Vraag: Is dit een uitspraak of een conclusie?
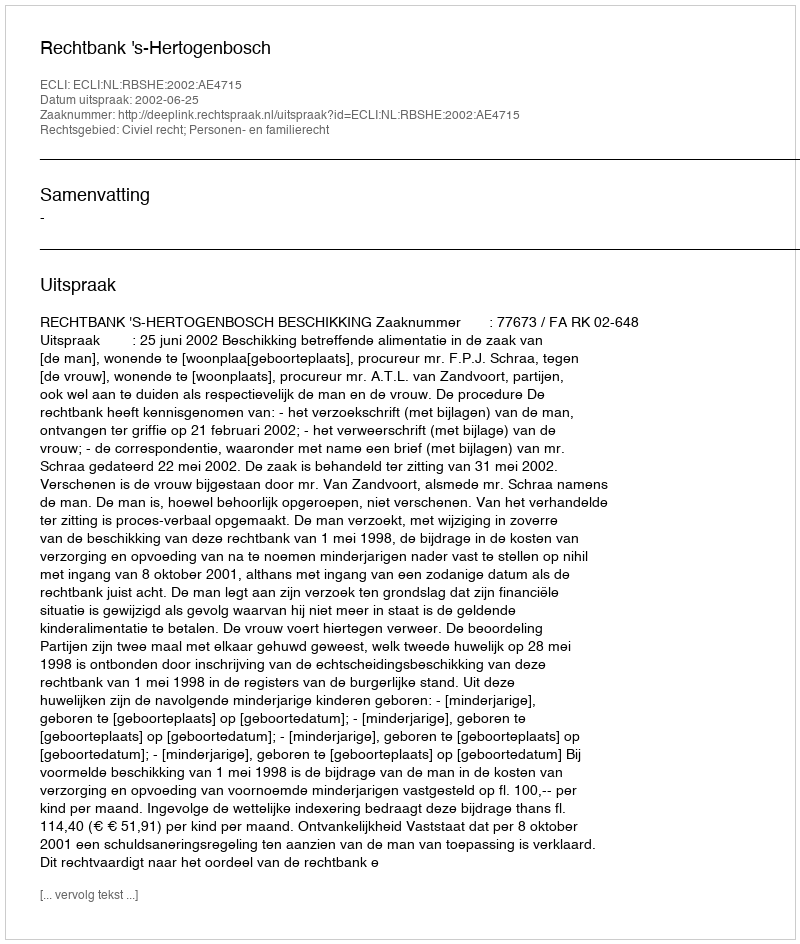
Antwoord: Uitspraak